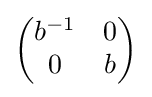
{\begin{pmatrix}b^{-1}&0\\0&b\end{pmatrix}}